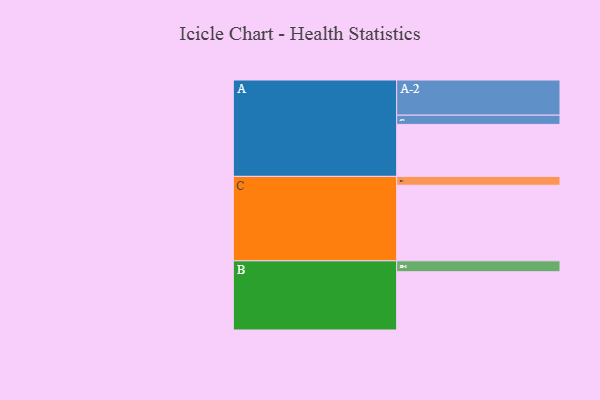
{"axis": {"x": "Segment", "y": "Value"}, "legend": ["", "A", "B", "C"], "data": [{"x": "A", "y": 405, "type": ""}, {"x": "B", "y": 454, "type": ""}, {"x": "C", "y": 589, "type": ""}, {"x": "A-1", "y": 72, "type": "A"}, {"x": "A-2", "y": 274, "type": "A"}, {"x": "B-1", "y": 85, "type": "B"}, {"x": "C-1", "y": 69, "type": "C"}]}